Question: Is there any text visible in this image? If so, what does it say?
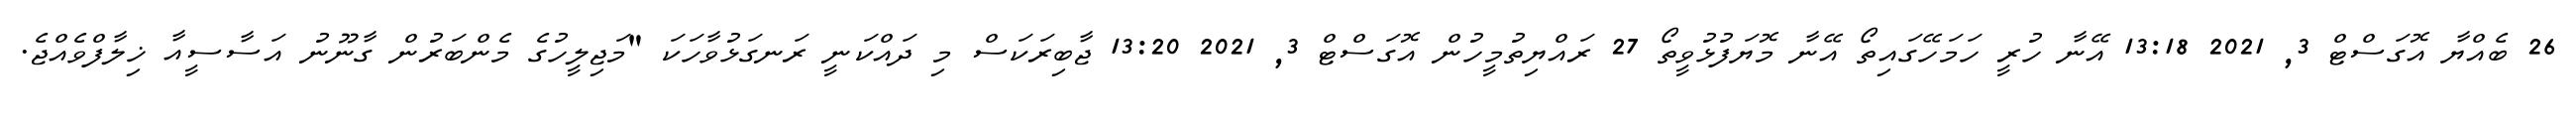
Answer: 26 ބެއްޔާ އޮގަސްޓް 3, 2021 13:18 އޭނާ ހުރީ ހަމަހޭގައިތޯ އޭނާ މޮޔަފުޅުވީތޯ 27 ރައްޔިތުމީހުން އޮގަސްޓް 3, 2021 13:20 ޖާބިރަކަސް މި ދައްކަނީ ރަނގަޅުވާހަކަ "މަޖިލީހުގެ މެންބަރުން ގާނޫނު އަސާސީއާ ޚިލާފްވެއްޖެ.